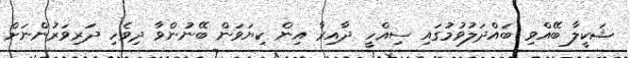
ޝަކީލާ ބޭއްވި ބައްދަލުވުމުގައި ސިއްހީ ދާއިރާ އިން ކިޔަވަން ބޭނުންވާ ދިވެހި ދަރިވަރުންނަށް